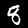
Digit: 8